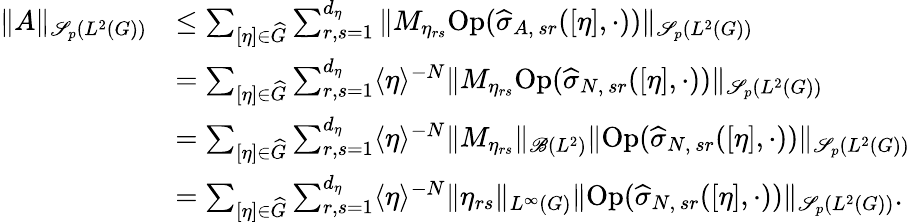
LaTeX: \begin{array}{rl}{\Vert A\Vert_{\mathscr{S}_{p}(L^{2}(G))}}&{\leq\sum_{[\eta]\in\widehat{G}}\sum_{r,s=1}^{d_{\eta}}\Vert M_{\eta_{rs}}\textnormal{Op}(\widehat{\sigma}_{A,\, sr}([\eta],\cdot))\Vert_{\mathscr{S}_{p}(L^{2}(G))}}\\ &{=\sum_{[\eta]\in\widehat{G}}\sum_{r,s=1}^{d_{\eta}}\langle\eta\rangle^{-N}\Vert M_{\eta_{rs}}\textnormal{Op}(\widehat{\sigma}_{N,\, sr}([\eta],\cdot))\Vert_{\mathscr{S}_{p}(L^{2}(G))}}\\ &{=\sum_{[\eta]\in\widehat{G}}\sum_{r,s=1}^{d_{\eta}}\langle\eta\rangle^{-N}\Vert M_{\eta_{rs}}\Vert_{\mathscr{B}(L^{2})}\Vert\textnormal{Op}(\widehat{\sigma}_{N,\, sr}([\eta],\cdot))\Vert_{\mathscr{S}_{p}(L^{2}(G))}}\\ &{=\sum_{[\eta]\in\widehat{G}}\sum_{r,s=1}^{d_{\eta}}\langle\eta\rangle^{-N}\Vert\eta_{rs}\Vert_{L^{\infty}(G)}\Vert\textnormal{Op}(\widehat{\sigma}_{N,\, sr}([\eta],\cdot))\Vert_{\mathscr{S}_{p}(L^{2}(G))}.}\end{array}